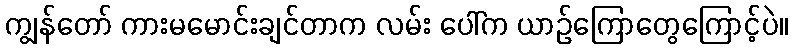
ကျွန်တော် ကားမမောင်းချင်တာက လမ်း ပေါ်က ယာဉ်ကြောတွေကြောင့်ပဲ။